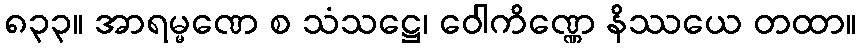
၈၃၃။ အာရမ္မဏေ စ သံသဋ္ဌေ၊ ဝေါကိဏ္ဏေ နိဿယေ တထာ။